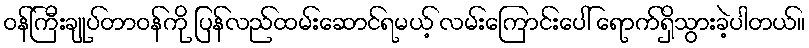
ဝန်ကြီးချုပ်တာဝန်ကို ပြန်လည်ထမ်းဆောင်ရမယ့် လမ်းကြောင်းပေါ် ရောက်ရှိသွားခဲ့ပါတယ်။